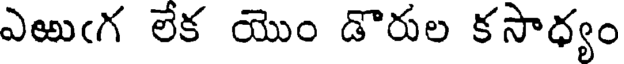
ఎఱుఁగ లేక యొం డొరుల కసాధ్యం